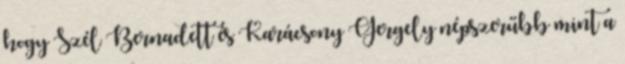
hogy Szél Bernadett és Karácsony Gergely népszerűbb mint a